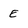
Character: E